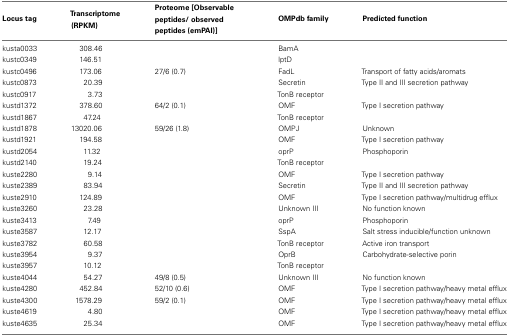
<table><thead><tr><td><b>Locus tag</b></td><td><b>Transcriptome (RPKM)</b></td><td><b>Proteome [Observable peptides/observed peptides (emPAI)]</b></td><td><b>OMPdb family</b></td><td><b>Predicted function</b></td></tr></thead><tbody><tr><td>kusta0033</td><td>308.46</td><td></td><td>BamA</td><td></td></tr><tr><td>kustc0349</td><td>146.51</td><td></td><td>lptD</td><td></td></tr><tr><td>kustc0496</td><td>173.06</td><td>27/6 (0.7)</td><td>FadL</td><td>Transport of fatty acids/aromats</td></tr><tr><td>kustc0873</td><td>20.39</td><td></td><td>Secretin</td><td>Type II and III secretion pathway</td></tr><tr><td>kustc0917</td><td>3.73</td><td></td><td>TonB receptor</td><td></td></tr><tr><td>kustd1372</td><td>378.60</td><td>64/2 (0.1)</td><td>OMF</td><td>Type I secretion pathway</td></tr><tr><td>kustd1867</td><td>47.24</td><td></td><td>TonB receptor</td><td></td></tr><tr><td>kustd1878</td><td>13020.06</td><td>59/26 (1.8)</td><td>OMPJ</td><td>Unknown</td></tr><tr><td>kustd1921</td><td>194.58</td><td></td><td>OMF</td><td>Type I secretion pathway</td></tr><tr><td>kustd2054</td><td>11.32</td><td></td><td>oprP</td><td>Phosphoporin</td></tr><tr><td>kustd2140</td><td>19.24</td><td></td><td>TonB receptor</td><td></td></tr><tr><td>kuste2280</td><td>9.14</td><td></td><td>OMF</td><td>Type I secretion pathway</td></tr><tr><td>kuste2389</td><td>83.94</td><td></td><td>Secretin</td><td>Type II and III secretion pathway</td></tr><tr><td>kuste2910</td><td>124.89</td><td></td><td>OMF</td><td>Type I secretion pathway/multidrug efflux</td></tr><tr><td>kuste3260</td><td>23.28</td><td></td><td>Unknown III</td><td>No function known</td></tr><tr><td>kuste3413</td><td>7.49</td><td></td><td>oprP</td><td>Phosphoporin</td></tr><tr><td>kuste3587</td><td>12.17</td><td></td><td>SspA</td><td>Salt stress inducible/function unknown</td></tr><tr><td>kuste3782</td><td>60.58</td><td></td><td>TonB receptor</td><td>Active iron transport</td></tr><tr><td>kuste3954</td><td>9.37</td><td></td><td>OprB</td><td>Carbohydrate-selective porin</td></tr><tr><td>kuste3957</td><td>10.12</td><td></td><td>TonB receptor</td><td></td></tr><tr><td>kuste4044</td><td>54.27</td><td>49/8 (0.5)</td><td>Unknown III</td><td>No function known</td></tr><tr><td>kuste4280</td><td>452.84</td><td>52/10 (0.6)</td><td>OMF</td><td>Type I secretion pathway/heavy metal efflux</td></tr><tr><td>kuste4300</td><td>1578.29</td><td>59/2 (0.1)</td><td>OMF</td><td>Type I secretion pathway/heavy metal efflux</td></tr><tr><td>kuste4619</td><td>4.80</td><td></td><td>OMF</td><td>Type I secretion pathway/heavy metal efflux</td></tr><tr><td>kuste4635</td><td>25.34</td><td></td><td>OMF</td><td>Type I secretion pathway/heavy metal efflux</td></tr></tbody></table>